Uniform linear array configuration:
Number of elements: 64
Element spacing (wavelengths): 0.75
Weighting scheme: hann
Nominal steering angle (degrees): -45
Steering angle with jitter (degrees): -43.064
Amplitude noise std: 0.05
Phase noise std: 0.05

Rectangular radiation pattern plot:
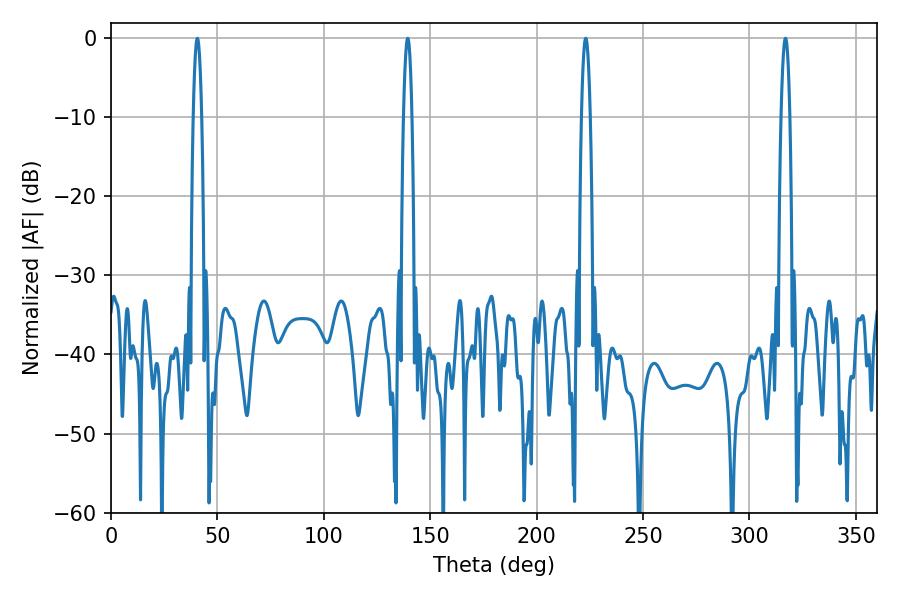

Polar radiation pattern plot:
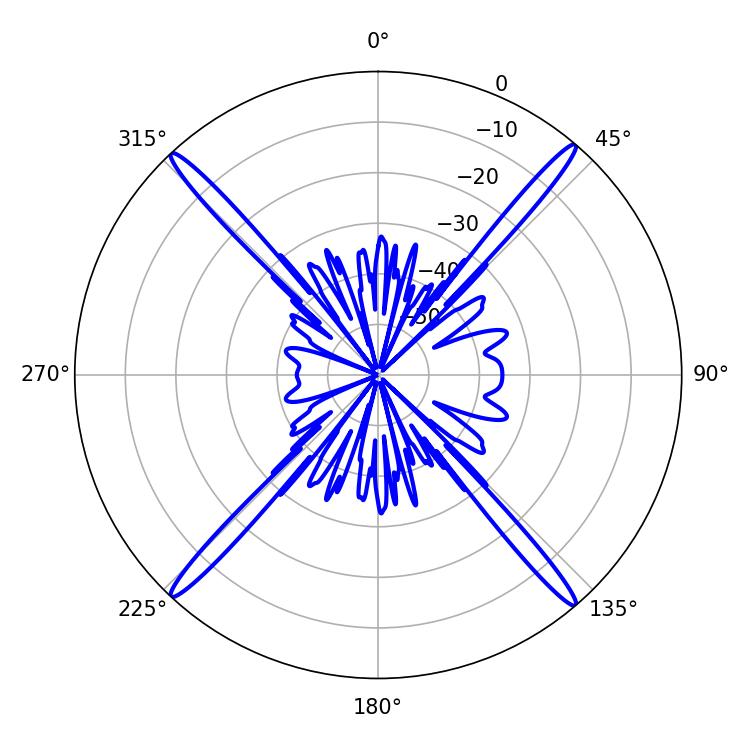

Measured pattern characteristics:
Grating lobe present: TRUE
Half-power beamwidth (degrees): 2.34
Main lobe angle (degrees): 223.02